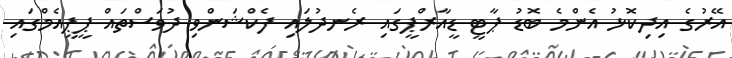
އޭރުގެ އިދިކޮޅު އެންމެ ބޮޑު ޕާޓީ ޑީއާރްޕީގައި ރެނދުލައި ފެކްޝަންވި ދުވަސްތައް ޕީޕީއެމްގައި